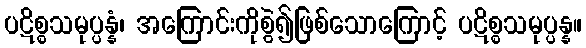
ပဋိစ္စသမုပ္ပန္နံ၊ အကြောင်းကိုစွဲ၍ဖြစ်သောကြောင့် ပဋိစ္စသမုပ္ပန္န။